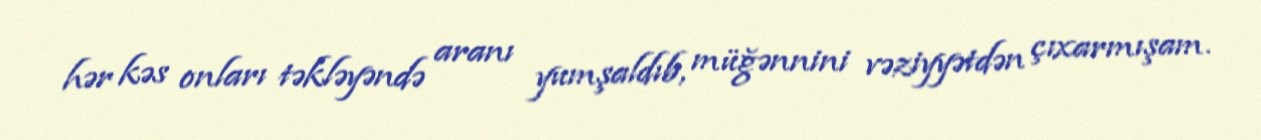
hər kəs onları təkləyəndə aranı yumşaldıb, müğənnini vəziyyətdən çıxarmışam.